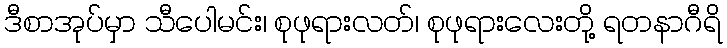
ဒီစာအုပ်မှာ သီပေါမင်း၊ စုဖုရားလတ်၊ စုဖုရားလေးတို့ ရတနာဂီရိ